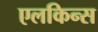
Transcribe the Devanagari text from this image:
एलकिन्स